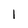
Character: 1